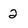
Character: 2